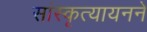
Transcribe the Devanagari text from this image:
सांस्कृत्यायनने